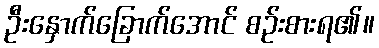
ဦးနှောက်ခြောက်အောင် စဉ်းစားရ၏။